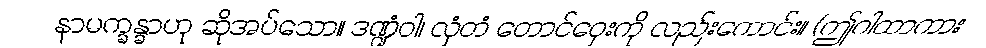
နာမက္ခန္ခာဟု ဆိုအပ်သော။ ဒဏ္ဍံဝါ၊ လှံတံ တောင်ဝှေးကို လည်းကောင်း။ (ဤဂါထာကား